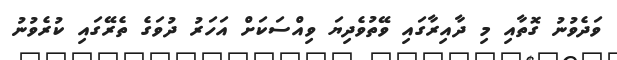
ވަދެވުނު ގޮތާއި މި ދާއިރާގައި ވޭތުވެދިޔަ ވިއްސަކަށް އަހަރު ދުވަގެ ތެރޭގައި ކުރެވުނު